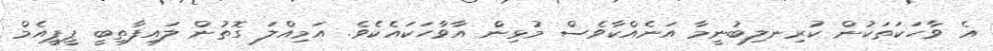
އެ ވާހަކަތަކުން ކުރިނލިބުނީމާ އަނެއްކާވެސް މުޅިން އާވާހަކައެކެވެ. އަމިއްލަ ގޮތުން ލައިފާތިބީ ޕީޕީއެމް